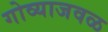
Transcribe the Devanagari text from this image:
गोव्याजवळ